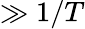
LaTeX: \gg 1/T